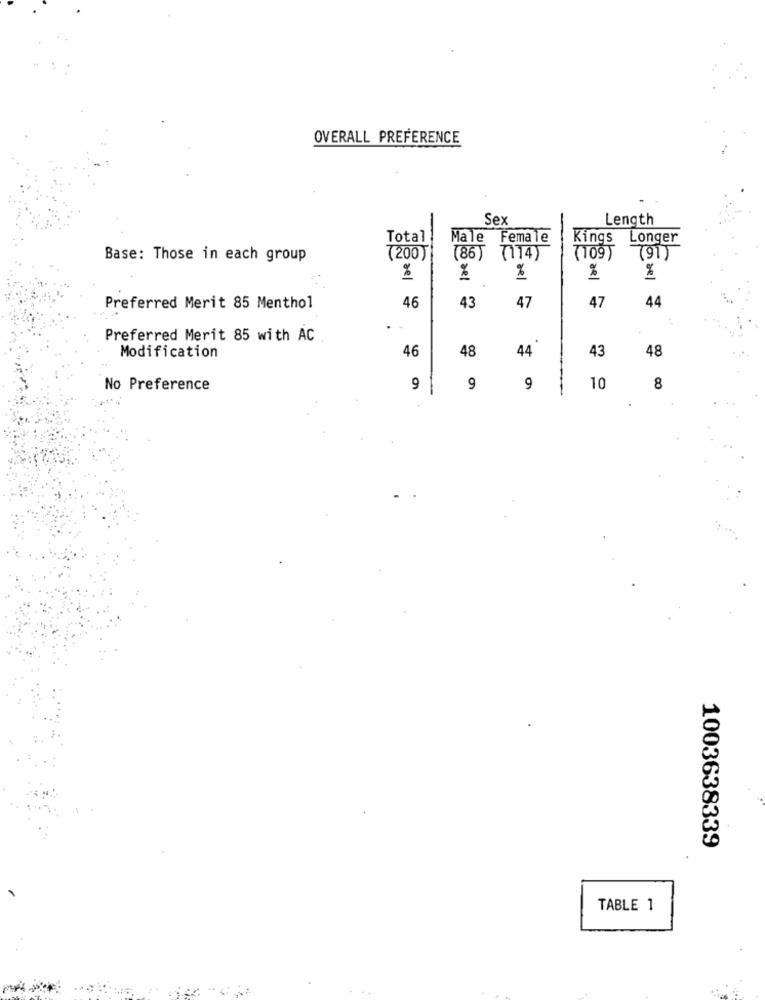
OVERALL PREFERENCE
Sex
Length
Total
Male Female
Kings
Longer
Base: Those in each group
(200)
(86) (114)
(109 )
(91)
%
%
%
%
%
46
43
47
47
44
Preferred Merit 85 Menthol
Preferred Merit 85 with AC
46
48
44
43
48
Modification
No Preference
9
9
9
10
8
1003638339
TABLE 1